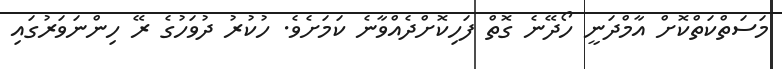
މަސަތްކަތްކޮށް އާމްދަނީ ހޯދޭނެ ގޮތް ފަހިކޮށްދެއްވާނެ ކަމަށެވެ. ހުކުރު ދުވަހުގެ ރޭ ހިންނަވަރުގައި